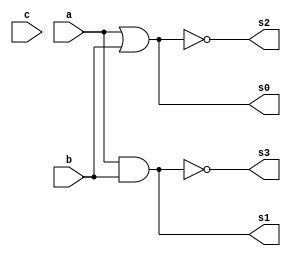
// ------------------------- 
// Exemplo0033 -  AND/NAND NOR/OR gate (selecionavel)
// Nome: Guilherme Rodrigues Melo de Oliveira 
// ------------------------- 
// ------------------------- 
// AND/NAND NOR/OR gate (selecionavel)
// ------------------------- 
module f4 (output [3:0] s0,
output [3:0] s1,
output [3:0] s2,
output [3:0] s3,
input [3:0] a, 
input [3:0] b,
input [0:0] c); 
// descrever por portas 
assign s0 = (a | b);
assign s1 = (a & b) ;
assign s2 = ~(a | b);
assign s3 = ~(a & b);
endmodule // f4 
module test_f4; 
// ------------------------- definir dados 
reg [3:0] x; 
reg [3:0] y;
reg [0:0] q; 
wire [3:0] z;
wire [3:0] w;
wire [3:0] t;
wire [3:0] p;

f4 modulo (z,w,t,p,x,y,q); 
// ------------------------- parte principal 
initial begin 
$display("Exemplo0031 - Guilherme Rodrigues Melo de Oliveira - 427409 ");  
$display("Test LU's module"); 
x = 4'b1101; y = 4'b1010; 
// projetar testes do modulo 
#1 $display("%3b %3b %3b %3b %3b %3b",x,y,z,w,t,p); 
end 
endmodule // test_f4